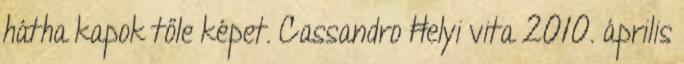
hátha kapok tőle képet. Cassandro Ħelyi vita 2010. április